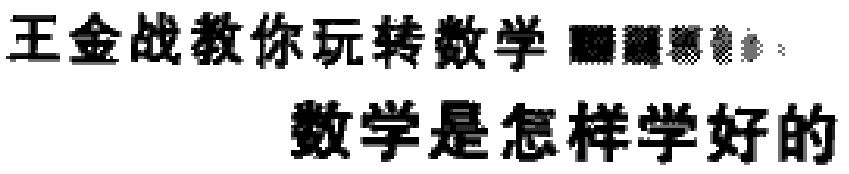
王金战教你玩转数学 数学是怎样学好的